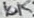
Text: 10K